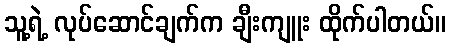
သူ့ရဲ့ လုပ်ဆောင်ချက်က ချီးကျူး ထိုက်ပါတယ်။